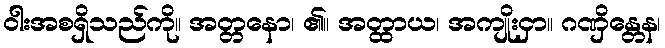
ဝါးအစရှိသည်ကို။ အတ္တနော၊ ၏။ အတ္ထာယ၊ အကျိုးငှာ။ ဂဏှိန္တေန၊